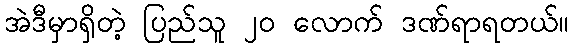
အဲဒီမှာရှိတဲ့ ပြည်သူ ၂၀ လောက် ဒဏ်ရာရတယ်။